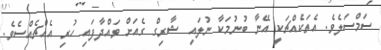
ސަމްސަލެވެ. އެތަކެއްޗަކީ އޭނާ ބުނުމަކާ ނުލައި ޝާރިގް ގެއަށް ވައްދާފައި ހުރި އެއްޗެއްސެވެ.